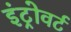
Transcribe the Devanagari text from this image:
इंट्रोवर्ट